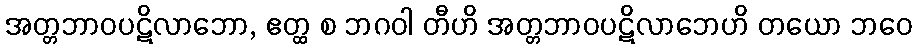
အတ္တဘာဝပဋိလာဘော, ဧတ္ထ စ ဘဂဝါ တီဟိ အတ္တဘာဝပဋိလာဘေဟိ တယော ဘဝေ